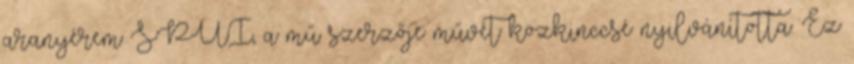
aranyérem SPUI, a mű szerzője művét közkinccsé nyilvánította. Ez